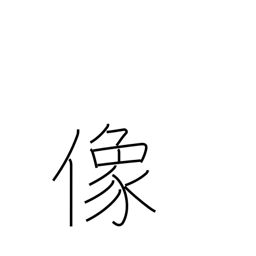
Meaning: image